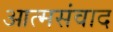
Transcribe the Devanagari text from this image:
आत्मसंवाद